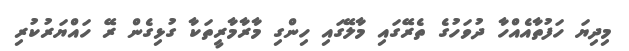
މިދިޔަ ހަފުތާއެއްހާ ދުވަހުގެ ތެރޭގައި މާލޭގައި ހިންގި މާރާމާރީތަކާ ގުޅިގެން ރޭ ހައްޔަރުކުރި